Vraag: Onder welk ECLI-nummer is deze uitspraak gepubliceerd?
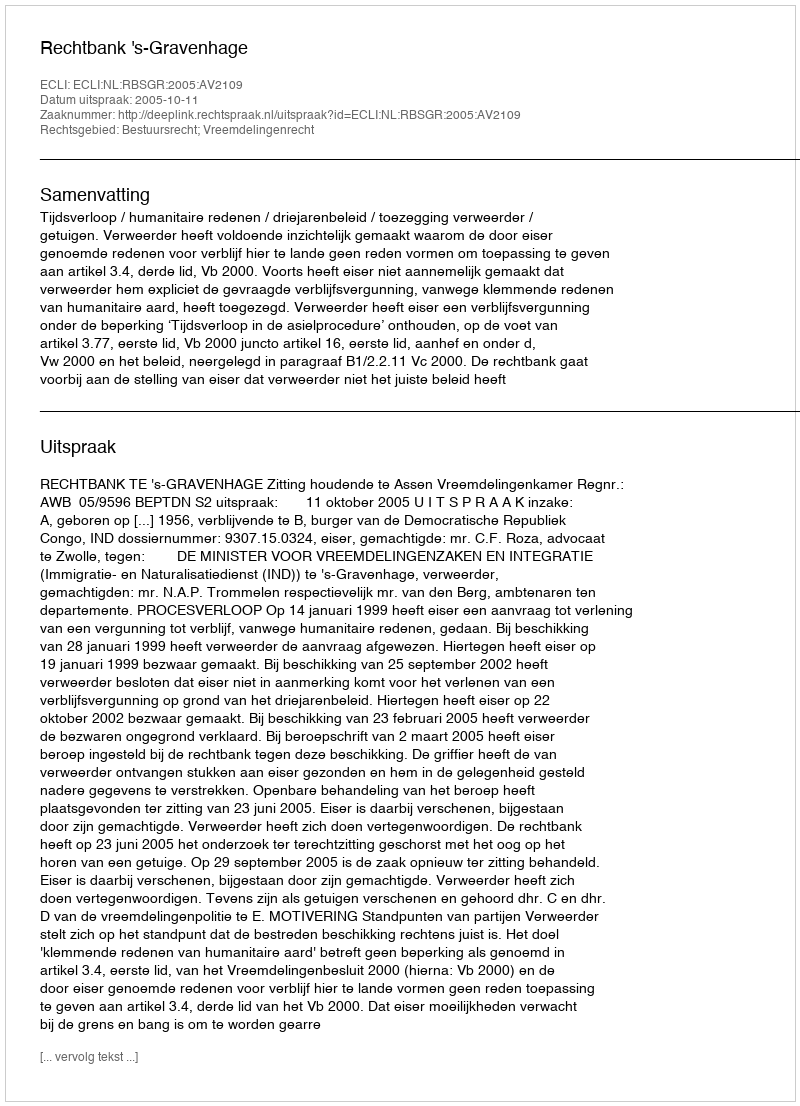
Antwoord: ECLI:NL:RBSGR:2005:AV2109